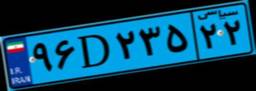
۹۵D۳۲۲۳۲